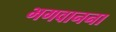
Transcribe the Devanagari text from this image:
भगवानना